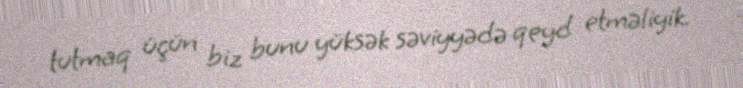
tutmaq üçün biz bunu yüksək səviyyədə qeyd etməliyik.